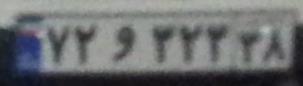
۷۲و۳۲۳۳۸